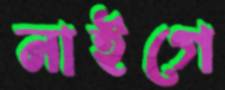
নাইগে